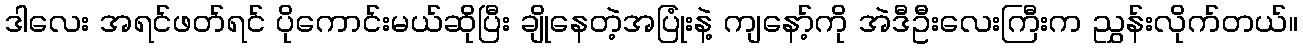
ဒါလေး အရင်ဖတ်ရင် ပိုကောင်းမယ်ဆိုပြီး ချိုနေတဲ့အပြုံးနဲ့ ကျနော့်ကို အဲဒီဦးလေးကြီးက ညွှန်းလိုက်တယ်။